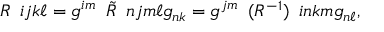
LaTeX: \begin{array} { l } { { R } } \end{array} { i j } { k \ell } = g ^ { i m } \begin{array} { l } { { \tilde { R } } } \end{array} { n j } { m \ell } g _ { n k } = g ^ { j m } \begin{array} { l } { { ( R ^ { - 1 } ) } } \end{array} { i n } { k m } g _ { n \ell } ,